Vaccination Hyderabad 1872-1889 - 1872-1889
Year: 1872
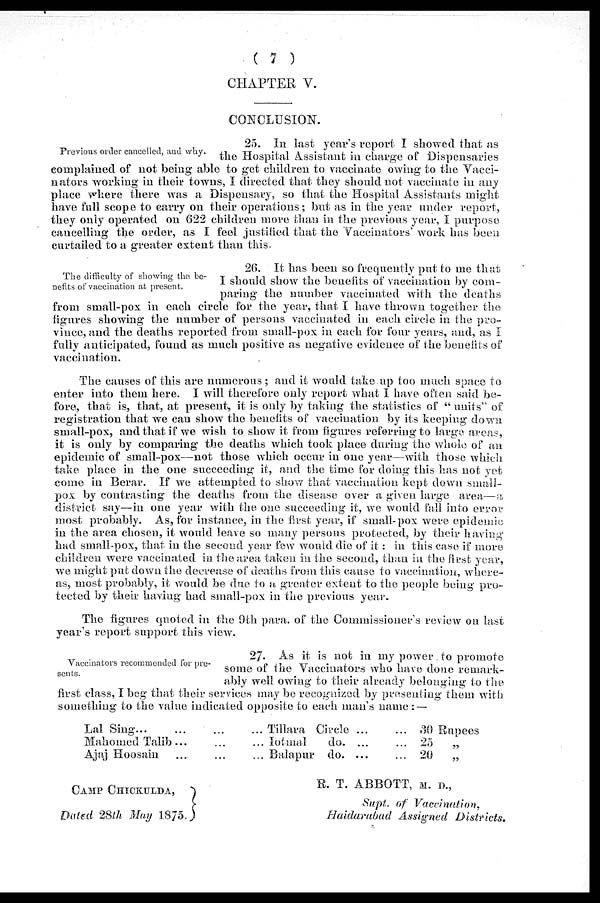
( 7 )
CHAPTER V.
CONCLUSION.
Previous order cancelled, and why.
25. In last year's report I showed that as
the Hospital Assistant in charge of Dispensaries
complained of not being able to get children to vaccinate owing to the Vacci¬
nators working in their towns, I directed that they should not vaccinate in any
place where there was a Dispensary, so that the Hospital Assistants might
have full scope to carry on their operations; but as in the year under report,
they only operated on 622 children more than in the previous year, I purpose
cancelling the order, as I feel justified that the Vaccinators' work has been
curtailed to a greater extent than this.
The difficulty of showing the be-
nefits of vaccination at present.
26. It has been so frequently put to me that
I should show the benefits of vaccination by com-
paring the number vaccinated with the deaths
from small-pox in each circle for the year, that I have thrown together the
figures showing the number of persons vaccinated in each circle in the pro-
vince, and the deaths reported from small-pox in each for four years, and, as I
fully anticipated, found as much positive as negative evidence of the benefits of
vaccination.
The causes of this are numerous ; and it would take up too much space to
enter into them here. I will therefore only report what I have often said be-
fore, that is, that, at present, it is only by taking the statistics of " units" of
registration that we can show the benefits of vaccination by its keeping down
small-pox, and that if we wish to show it from figures referring to large areas,
it is only by comparing the deaths which took place during the whole of an
epidemic of small-pox—not those which occur in one year—with those which
take place in the one succeeding it, and the time for doing this has not yet
come in Berar. If we attempted to show that vaccination kept down small-
pox by contrasting the deaths from the disease over a given large area—a
district say—in one year with the one succeeding it, we would fall into error
most probably. As, for instance, in the first year, if small-pox were epidemic
in the area chosen, it would leave so many persons protected, by their having
had small-pox, that in the second year few would die of it: in this case if more
children were vaccinated in the area taken in the second, than in the first year,
we might put down the decrease of deaths from this cause to vaccination, where-
as, most probably, it would be due to a greater extent to the people being pro-
tected by their having had small-pox in the previous year.
The figures quoted in the 9th para. of the Commissioner's review on last
year's report support this view.
Vaccinators recommended for pre-
sents.
27. As it is not in my power to promote
some of the Vaccinators who have done remark-
ably well owing to their already belonging to the
first class, I beg that their services may be recognized by presenting them with
something to the value indicated opposite to each man's name : —
Lal Sing... ... ... ...
Mahomed Talib... ... ...
Ajaj Hoosain ... ... ...
Tillara Circle ... ...
Iotmal
do. ... ...
Balapur do. ... ...
30 Rupees
25„
20
„
CAMP CHICKULDA,
Dated 28th May 1875.
R. T. ABBOTT, M. D.,
Supt. of Vaccination.
Haidarabad Assigned Districts.